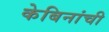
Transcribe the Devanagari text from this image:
केबिनांची